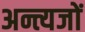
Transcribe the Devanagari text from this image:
अन्त्यजों